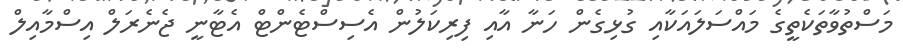
މަސްތުވާތަކެތީގެ މައްސަލައަކާއި ގުޅިގެން ހަނާ އާއި ފިރިކަލުން އެސިސްޓެންޓް އެޓާނީ ޖެނެރަލް އިސްމާއިލް